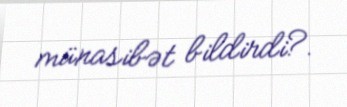
münasibət bildirdi?.